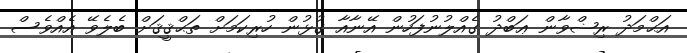
އަޙްމަދު ރިޟްވާން ޢަބްދު ގެއްލުނުފަހުން އޭނާއާ ގުޅުން ހުރިކަމަށް ތަޙްޤީޤަށް ބެލެވޭ އެއްވެސް